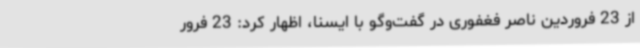
از 23 فروردین ناصر فغفوری در گفت‌وگو با ایسنا، اظهار کرد: 23 فرور